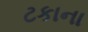
ટકાના